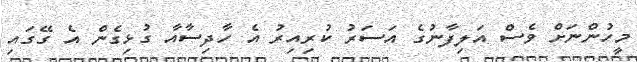
މީހުންނަށް ވެސް އަލިފާނުގެ އަސަރު ކުރިއިރު އެ ހާދިސާއާ ގުޅިގެން އެ ގޭގައި